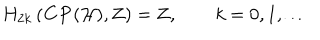
LaTeX: H _ { 2 k } \left( { \bf C P } ( { \cal H } ) , { \bf Z } \right) = { \bf Z } , \qquad k = 0 , 1 , \ldots